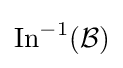
\operatorname {In} ^{-1}({\mathcal {B}})